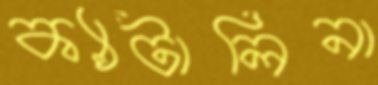
ক্যাটালিনা